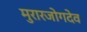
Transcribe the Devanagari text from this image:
मुरारजोगदेव